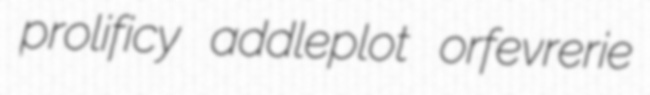
prolificy addleplot orfevrerie